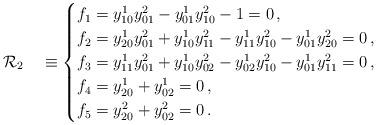
LaTeX: \begin{align*}\mathcal{R}_2\quad\equiv \begin{cases} f_1=y^1_{10}y^2_{01}-y^1_{01}y^2_{10}-1=0\,,\\ f_2=y^1_{20}y^2_{01}+y^1_{10}y^2_{11}-y^1_{11}y^2_{10}-y^1_{01}y^2_{20}=0\,,\\ f_3=y^1_{11}y^2_{01}+y^1_{10}y^2_{02}-y^1_{02}y^2_{10}-y^1_{01}y^2_{11}=0\,,\\ f_4=y^1_{20}+ y^1_{02}=0\,,\\ f_5=y^2_{20}+ y^2_{02}=0\,. \end{cases}\end{align*}